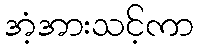
အံ့အားသင့်ကာ